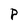
Character: P